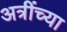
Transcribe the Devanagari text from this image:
अत्रींच्या